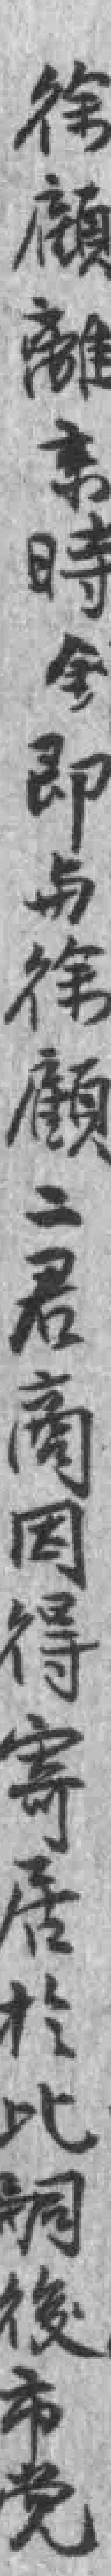
徐顧離京時釗即与徐顧二君商因得寄居於此嗣後市党